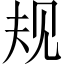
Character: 规